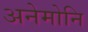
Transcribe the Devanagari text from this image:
अनेमोनि